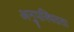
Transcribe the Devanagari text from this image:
अनुपस्थितता